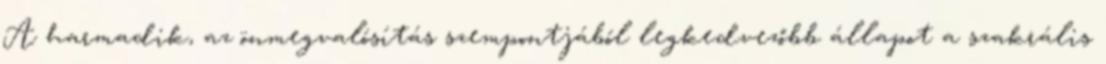
A harmadik, az önmegvalósítás szempontjából legkedvezőbb állapot a szakrális